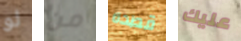
لو من قصده عليك